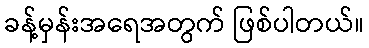
ခန့်မှန်းအရေအတွက် ဖြစ်ပါတယ်။